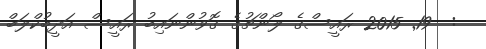
:  19